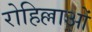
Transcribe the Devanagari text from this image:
रोहिल्लाओं